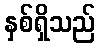
နှစ်ရှိသည်